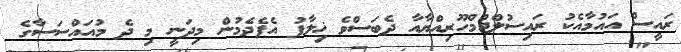
ރައީސް އައުމާއެކު ރައިސުލްޖުމްހޫރިއްޔާއާ ދެބަސްވެ ޚިލާފު އެފެދެމުން މިދަނީ މި ދެ މުއައްސަސާގެ